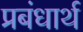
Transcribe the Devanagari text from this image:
प्रबंधार्थ